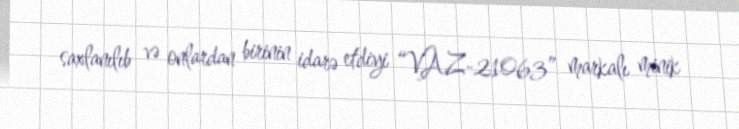
saxlanılıb və onlardan birinin idarə etdiyi “VAZ-21063” markalı minik